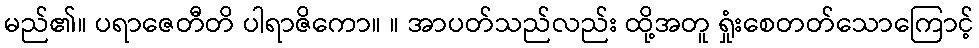
မည်၏။ ပရာဇေတီတိ ပါရာဇိကော။ ။ အာပတ်သည်လည်း ထို့အတူ ရှုံးစေတတ်သောကြောင့်